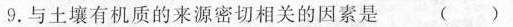
9.与土壤有机质的来源密切相关的因素是 （ ）